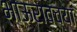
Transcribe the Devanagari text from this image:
भाऊरावच्या